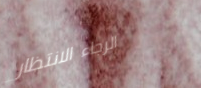
الرجاء الانتظار